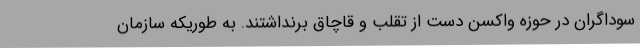
سوداگران در حوزه واکسن دست از تقلب و قاچاق برنداشتند. به طوریکه سازمان